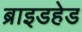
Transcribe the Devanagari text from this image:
ब्राइडहेड